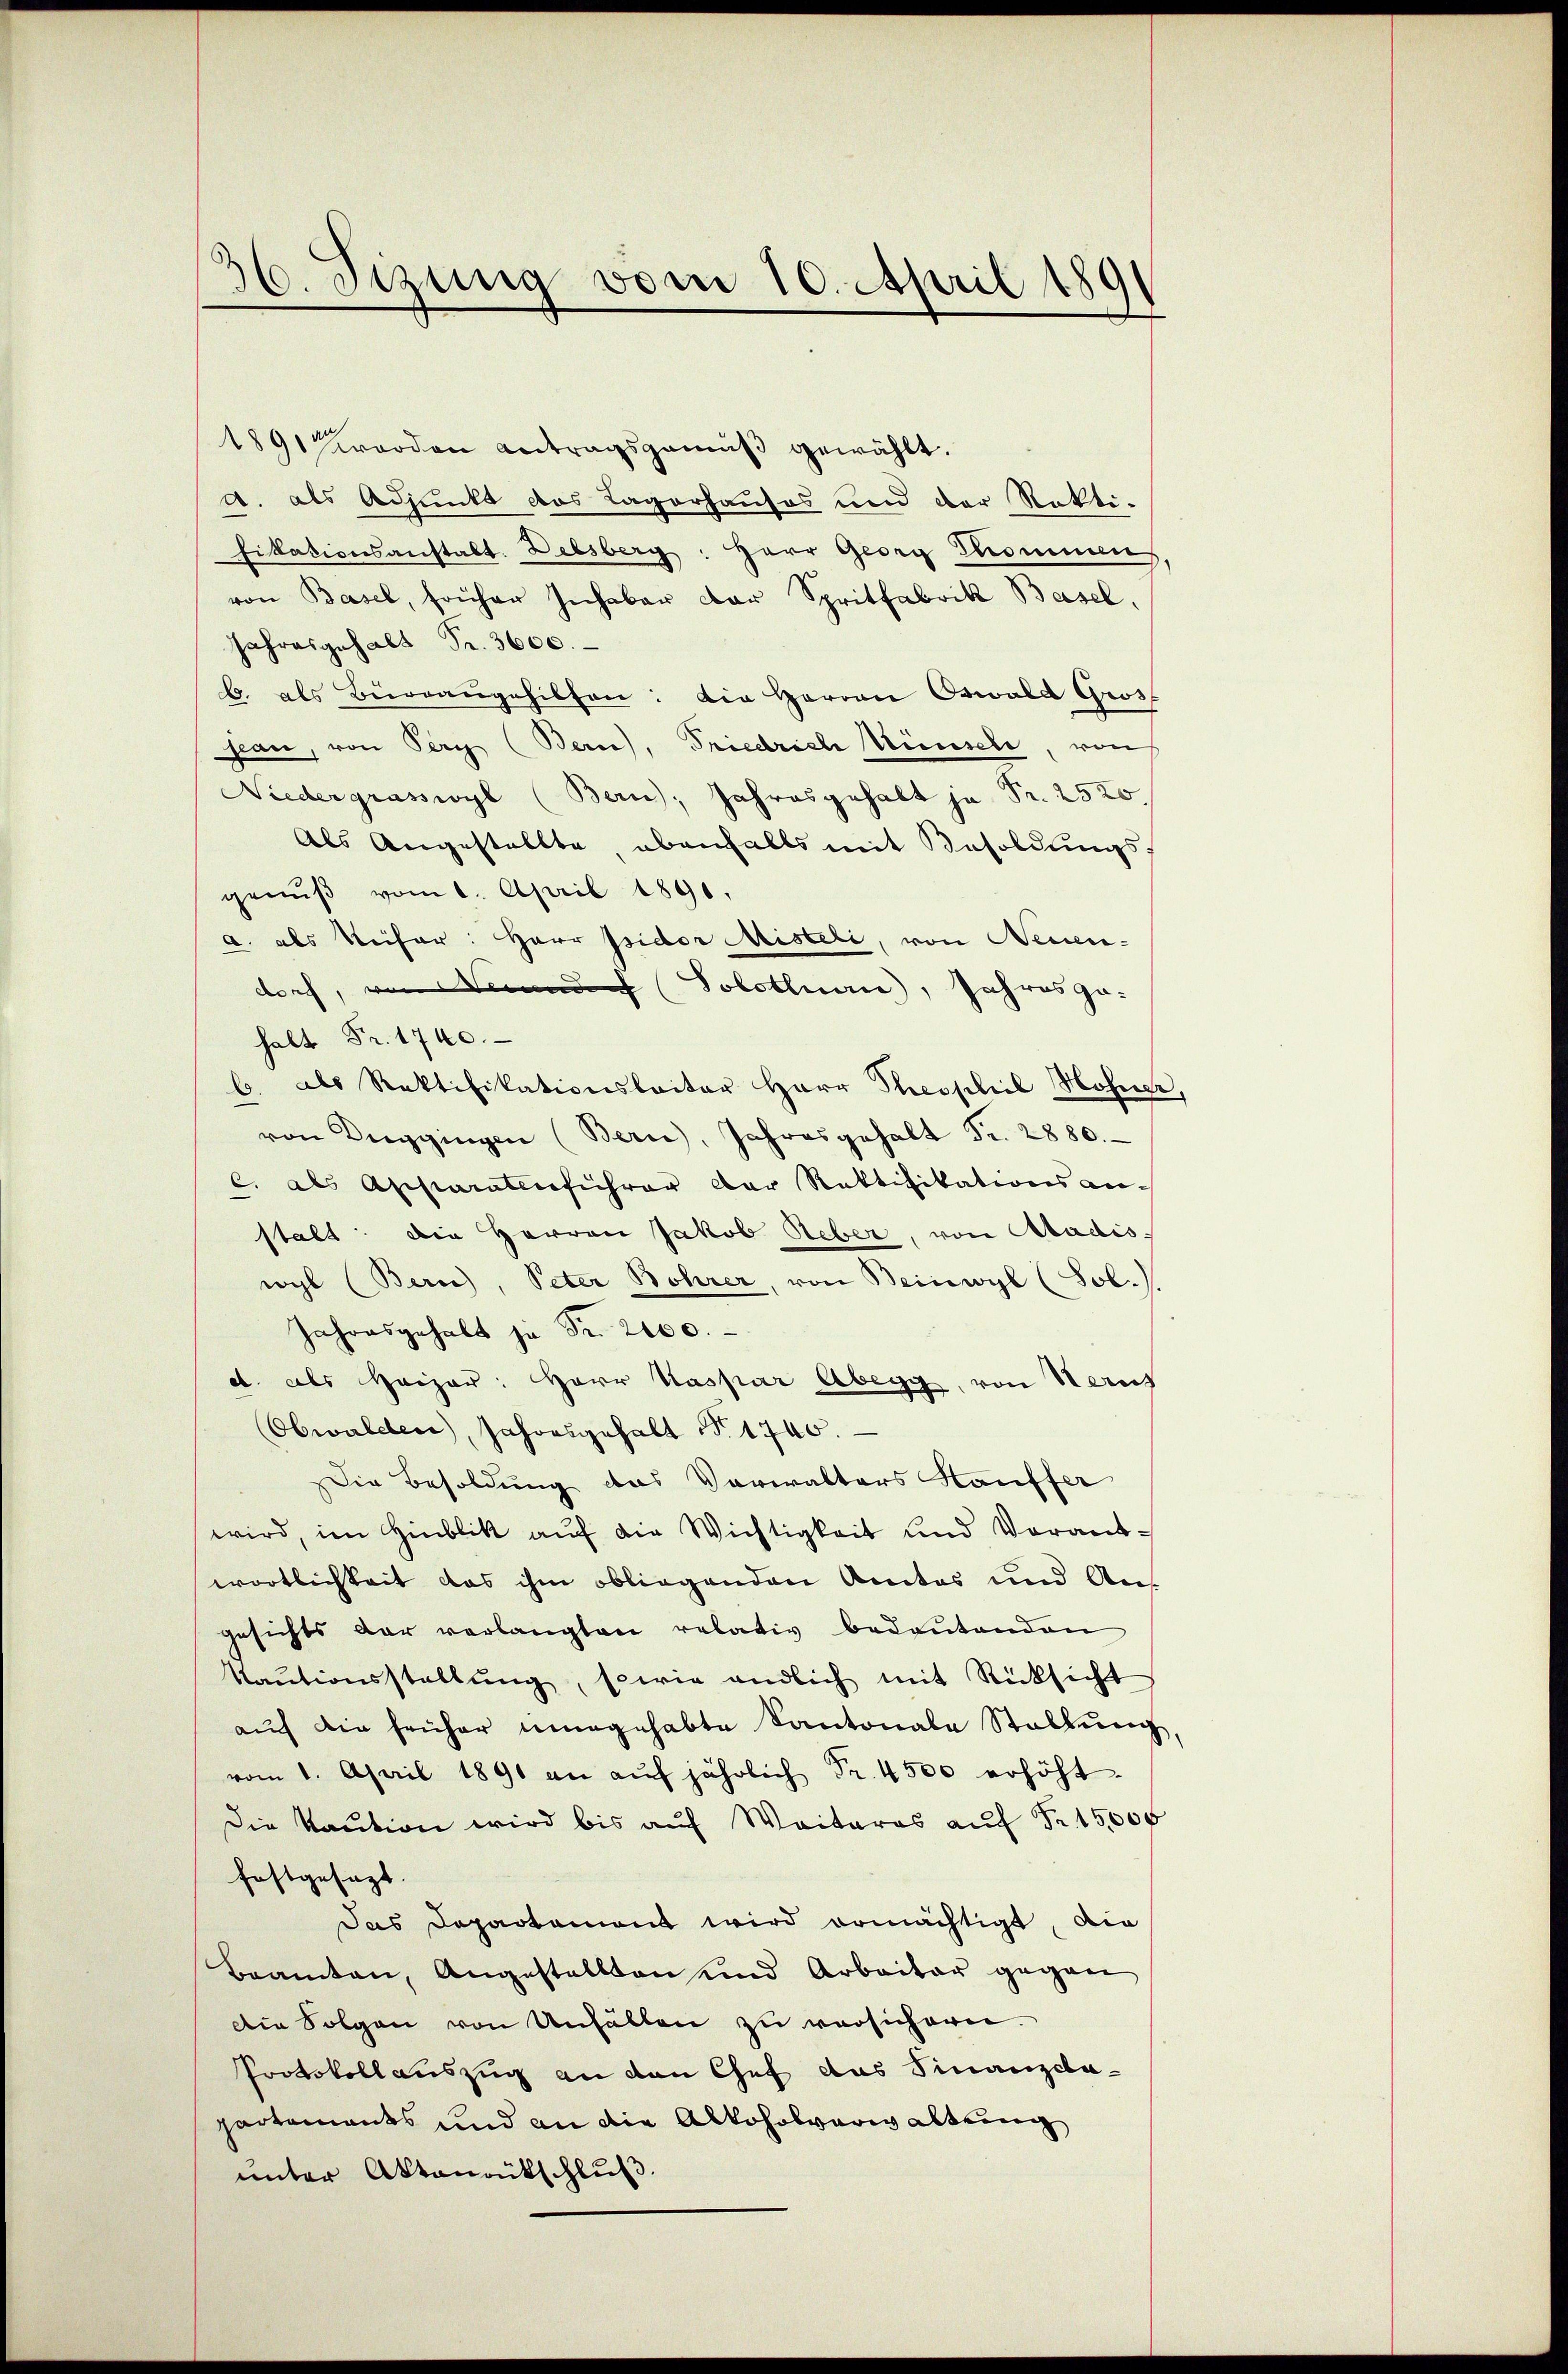
36. Sizung vom 10. April 189

1891 werden Antragsgemäß gewählt.
A. als Adjunkt das Lagerhauses und der Rekti-
fikationsanstalt. Diesberg: Herr Georg Kommen
von Basel, früher Inhaber der Spritfabrik Basel,
Jahresgehalt Fr. 3600.
b. als Bürgangehilfen: Die Herren Oswald Gros
jean, von Pery (Bern), Friedrich Wünsch, von
Niedergraswyl (Bern, Jahresgehalt ja Pr. 2520.
Als Angestellte, ebenfalls mit Besoldungsgenŭβ vom 1. April 1891.
a. als Reiser: Herr Isidor Misteli, von Neuen-
doch, von Solothurn, Jahresgehalt Fr. 1740.
b. als Rektifikationsleiter Herr Theophie Hohner,
von Luggingen (Bern, Jahresgehalt Fr. 2880.
c. als Assiaratenführer der Rektifikationsanstalt: Die Herren Jakob Reber, von Aadis
wyl (Bern), Peter Bohrer, von Beinwyl (Job.)
Jahresgehalt je Fr. 2000.
d. als Heizer: Herr Kaspar Abegg, von Haus
Obwalden, Jahresgehalt N. 1740.
Die Besoldung das Verwalters Hauffer
wird, im Hinblik auf die Wichtigkeit und Vorantwortlichkeit das ihm obliegenden Amtes und Angesichts dar verlangten relativ bedeŭtenden
Kaŭtionsstellŭng, sowie endlich mit Rücksicht
aŭch die früher ungehabte Kantonale Stellŭng,
vom 1. April 1891 an aŭf jährlich Fr. 4500 erhöht
Die Kaution wird bis aŭf Weiteres aŭf Fr. 15,000
festgesezt.
Das Departament wird ermächtigt, die
Beamten, Angestellten und Arbeiter gegen
Die Folgen von Unfällen zu versichern.
Protokollauszug an den Chef das Finanzdapartements und an die Alkoholverwaltung
unter Aktenantschlŭβ